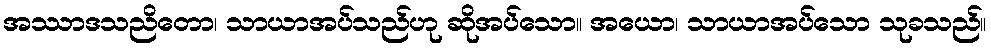
အဿာဒသညိတော၊ သာယာအပ်သည်ဟု ဆိုအပ်သော။ အယော၊ သာယာအပ်သော သုခသည်။